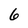
Character: 6